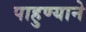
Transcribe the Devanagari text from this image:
पाहुण्याने